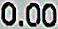
0.00